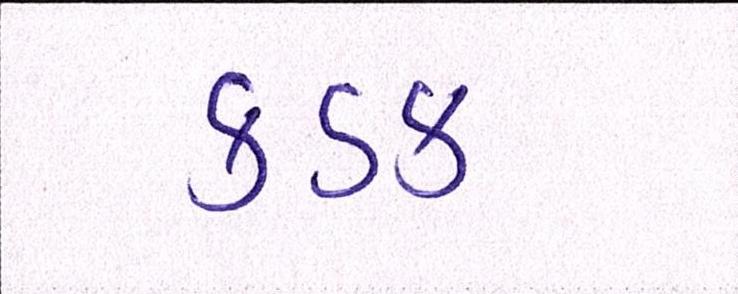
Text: કડક